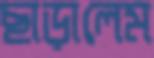
ছাড়ালেম